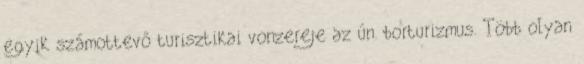
egyik számottevő turisztikai vonzereje az ún. borturizmus. Több olyan